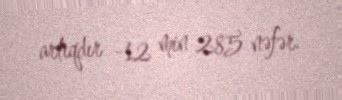
artıqdır -12 min 285 nəfər.